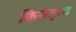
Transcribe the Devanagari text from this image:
किनेतृत्व